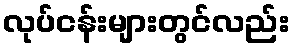
လုပ်ငန်းများတွင်လည်း